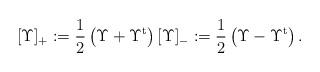
LaTeX: \begin{align*}\lbrack \Upsilon ]_{\mathrm{+}}:=\frac{1}{2}\left( \Upsilon +\Upsilon ^{\mathrm{t}}\right) [\Upsilon ]_{\mathrm{-}}:=\frac{1}{2}\left( \Upsilon -\Upsilon ^{\mathrm{t}}\right) .\end{align*}